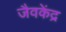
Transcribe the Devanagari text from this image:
जैवकेंद्र